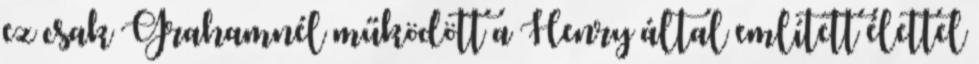
ez csak Grahamnél működött a Henry által említett élettel